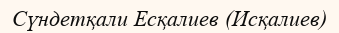
Сүндетқали Есқалиев (Исқалиев)